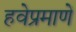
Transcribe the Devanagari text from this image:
हवेप्रमाणें